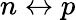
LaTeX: n\leftrightarrow p